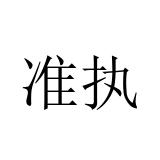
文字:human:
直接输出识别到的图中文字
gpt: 准执